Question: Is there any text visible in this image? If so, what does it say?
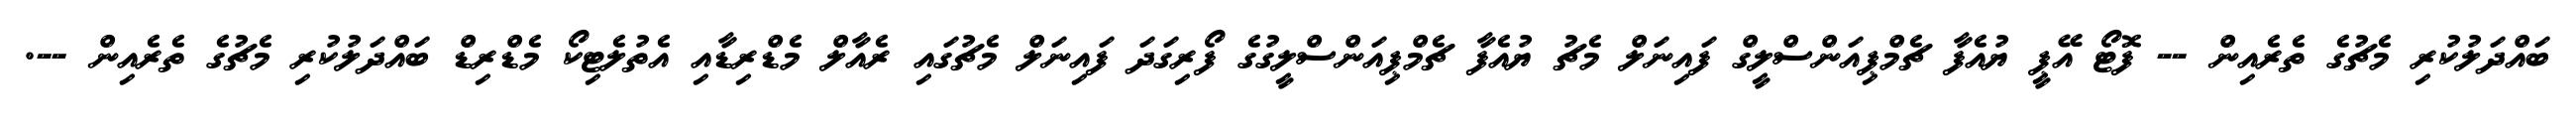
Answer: ބައްދަލުކުރި މެޗުގެ ތެރެއިން -- ފޮޓޯ އޭޕީ ޔުއެފާ ޗެމްޕިއަންސްލީގް ފައިނަލް މެޗު ޔުއެފާ ޗެމްޕިއަންސްލީގުގެ ފޯރިގަދަ ފައިނަލް މެޗުގައި ރެއާލް މެޑްރިޑާއި އެތުލެޓިކޯ މެޑްރިޑް ބައްދަލުކުރި މެޗުގެ ތެރެއިން --.